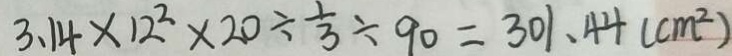
3 . 1 4 \times 1 2 ^ { 2 } \times 2 0 \div \frac { 1 } { 3 } \div 9 0 = 3 0 1 . 4 4 ( c m ^ { 2 } )